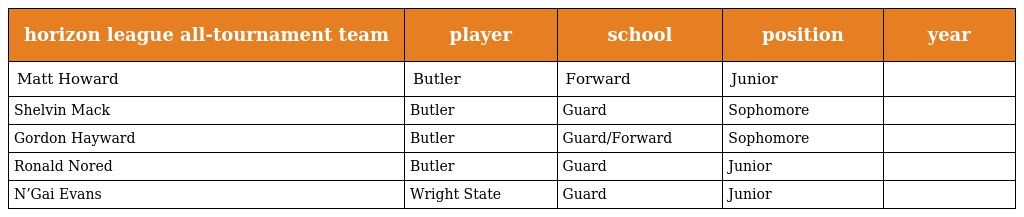
| horizon league all-tournament team | player | school | position | year |
 | --- | --- | --- | --- | --- |
 | Matt Howard | Butler | Forward | Junior |  |
 | Shelvin Mack | Butler | Guard | Sophomore |  |
 | Gordon Hayward | Butler | Guard/Forward | Sophomore |  |
 | Ronald Nored | Butler | Guard | Junior |  |
 | N’Gai Evans | Wright State | Guard | Junior |  |